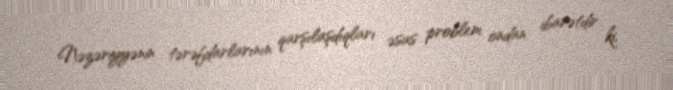
Nəzəriyyənin tərəfdarlarının qarşılaşdıqları əsas problem ondan ibarətdir ki,